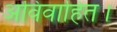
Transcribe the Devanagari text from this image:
अविवाहित।